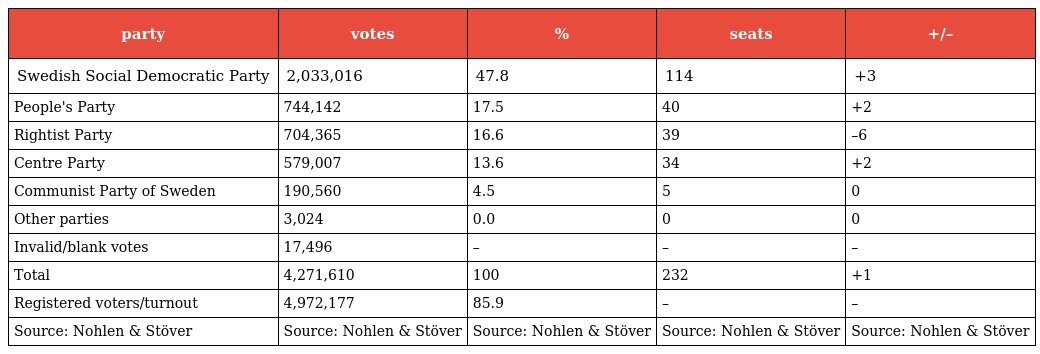
| party | votes | % | seats | +/– |
 | --- | --- | --- | --- | --- |
 | Swedish Social Democratic Party | 2,033,016 | 47.8 | 114 | +3 |
 | People's Party | 744,142 | 17.5 | 40 | +2 |
 | Rightist Party | 704,365 | 16.6 | 39 | –6 |
 | Centre Party | 579,007 | 13.6 | 34 | +2 |
 | Communist Party of Sweden | 190,560 | 4.5 | 5 | 0 |
 | Other parties | 3,024 | 0.0 | 0 | 0 |
 | Invalid/blank votes | 17,496 | – | – | – |
 | Total | 4,271,610 | 100 | 232 | +1 |
 | Registered voters/turnout | 4,972,177 | 85.9 | – | – |
 | Source: Nohlen & Stöver | Source: Nohlen & Stöver | Source: Nohlen & Stöver | Source: Nohlen & Stöver | Source: Nohlen & Stöver |